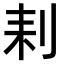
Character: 𠛨